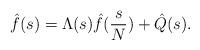
LaTeX: \begin{align*}\hat{f} (s) = \Lambda(s) \hat{f}(\frac{s}{N})+ \hat{Q}(s).\end{align*}